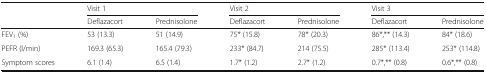
<table><thead><tr><td></td><td colspan="2"><b>Visit 1</b></td><td colspan="2"><b>Visit 2</b></td><td colspan="2"><b>Visit 3</b></td></tr><tr><td></td><td><b>Deflazacort</b></td><td><b>Prednisolone</b></td><td><b>Deflazacort</b></td><td><b>Prednisolone</b></td><td><b>Deflazacort</b></td><td><b>Prednisolone</b></td></tr></thead><tbody><tr><td>FEV<sub>1</sub> (%)</td><td>53 (13.3)</td><td>51 (14.9)</td><td>75* (15.8)</td><td>78* (20.3)</td><td>86*,** (14.3)</td><td>84* (18.6)</td></tr><tr><td>PEFR (l/min)</td><td>169.3 (65.3)</td><td>165.4 (79.3)</td><td>233* (84.7)</td><td>214 (75.5)</td><td>285* (113.4)</td><td>253* (114.8)</td></tr><tr><td>Symptom scores</td><td>6.1 (1.4)</td><td>6.5 (1.4)</td><td>1.7* (1.2)</td><td>2.7* (1.2)</td><td>0.7*,** (0.8)</td><td>0.6*,** (0.8)</td></tr></tbody></table>